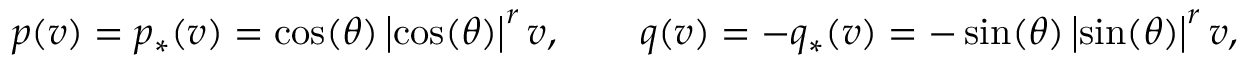
p ( v ) = p _ { \ast } ( v ) = \cos ( \theta ) \left\vert \cos ( \theta ) \right\vert ^ { r } v , \qquad q ( v ) = - q _ { \ast } ( v ) = - \sin ( \theta ) \left\vert \sin ( \theta ) \right\vert ^ { r } v ,